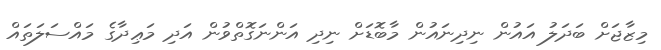
މިޒާޖަށް ބަދަލު އައުން ނިދިނައުން މާބޮޑަށް ނިދި އަންނަގޮތްވުން އަދި މަޢިދާގެ މައްސަލަތައް